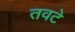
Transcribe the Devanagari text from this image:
तवटे